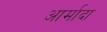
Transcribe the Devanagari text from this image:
आर्मादा